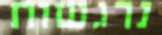
נרגשות